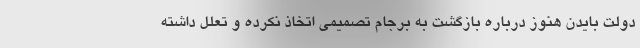
دولت بایدن هنوز درباره بازگشت به برجام تصمیمی اتخاذ نکرده و تعلل داشته